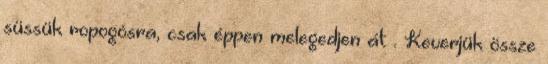
süssük ropogósra, csak éppen melegedjen át . Keverjük össze